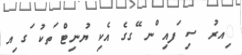
ިއރު ސި ަފއި ްނ ޭގގެ އެކި ޔުނިޓް ަތކު ަގ ިއ